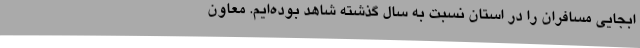
ابجایی مسافران را در استان نسبت به سال گذشته شاهد بوده‌ایم. معاون